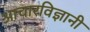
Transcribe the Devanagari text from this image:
आचारविज्ञानी